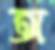
অ